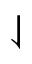
\downharpoonleft